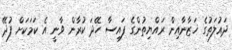
ދައުލަތުގެ ޚަޒާނާއިން ރައްޔިތުންގެ ފައިސާ ހޭދަ ކުރާން ވާނީ އެ ކަމަކަށް ފުދޭ